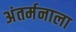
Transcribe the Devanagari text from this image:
अंतर्मनाला